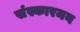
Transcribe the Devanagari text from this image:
संस्कारमय